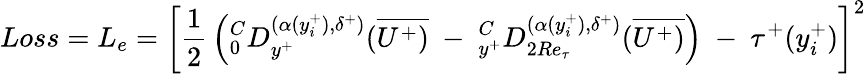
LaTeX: Loss=L_{e}=\left[{\frac{1}{2}}\left(^C_{0}D_{y^{+}}^{(\alpha(y_{i}^{+}),\delta^{+})}(\overline{{U^{+})}}~-~_{y^{+}}^{C}D_{2Re_{\tau}}^{({\alpha(y_{i}^{+})},\delta^{+})}(\overline{{U^{+})}}\right)~-~\tau^{+}(y_{i}^{+})\right]^{2}